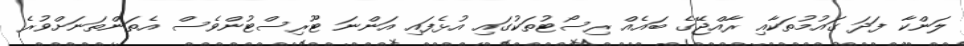
ލަންކާ ފަދަ ގައުމުތަކާއި ރާއްޖޭގެ ބައެއް ރިސޯޓުތަކުގައި އުޅެފައި އަންނަ ޓޫރިސްޓުންވެސް އެތަންތަނަށްވުރެ